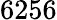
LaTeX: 6256